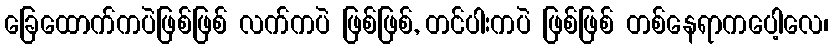
ခြေထောက်ကပဲဖြစ်ဖြစ် လက်ကပဲ ဖြစ်ဖြစ်, တင်ပါးကပဲ ဖြစ်ဖြစ် တစ်နေရာကပေါ့လေ၊